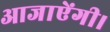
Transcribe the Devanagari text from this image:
आजाऐंगी।